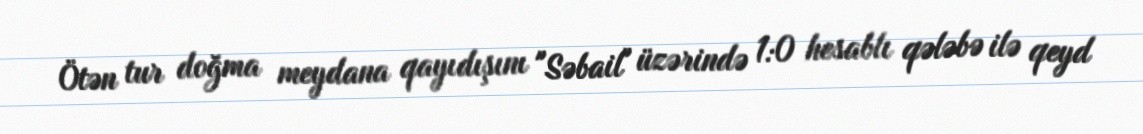
Ötən tur doğma meydana qayıdışını "Səbail" üzərində 1:0 hesablı qələbə ilə qeyd